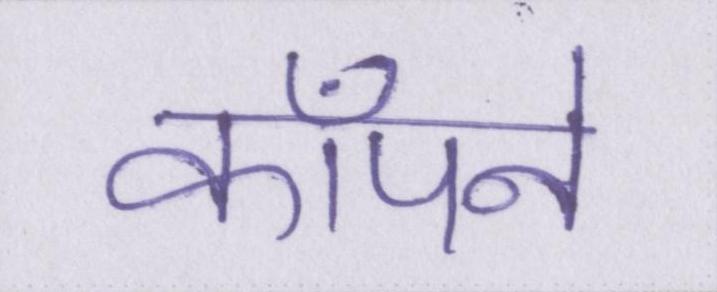
कॉँपने